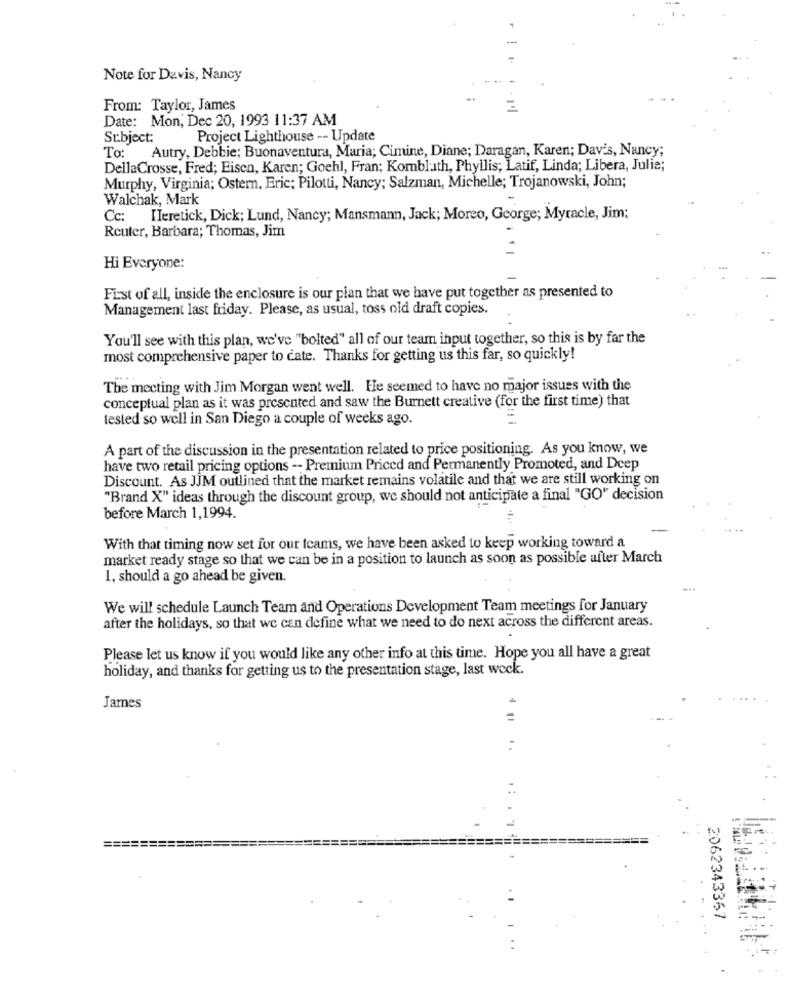
Note for Davis, Nancy
From: Taylor, James
Date: Mon, Dec 20, 1993 11:37 AM
Subject:
Project Lighthouse -- Update
To:
Autry, Debbie; Buonaventura, Maria; Cimine, Diane; Daragan, Karen; Dav's, Nancy;
DellaCrosse, Fred; Eisen, Karen; Goehl, Fran; Kombluth, Phyllis; Latif, Linda; Libera, Julie;
Murphy, Virginia; Ostern, Eric; Pilotti, Nancy; Salzman, Michelle; Trojanowski, John;
Walchak, Mark
Cc: Ileretick, Dick; Lund, Nancy; Mansmann, Jack; Moreo, George; Myracle, Jim;
Reuter, Barbara; Thomas, Jim
Hi Everyone:
Fist of all, inside the enclosure is our plan that we have put together as presented to
Management last friday. Please, as usual, toss old draft copies.
You'll see with this plan, we've "bolted" all of our team input together, so this is by far the
most comprehensive paper to cate. Thanks for getting us this far, so quickly!
The meeting with Jim Morgan went well. He seemed to have no major issues with the
conceptual plan as it was presented and saw the Burnett creative (for the first time) that
tested so well in San Diego a couple of weeks ago.
A part of the discussion in the presentation related to price positioning. As you know, we
have two retail pricing options -- Premium Priced and Permanently Promoted, and Deep
Discount. As JJM outlined that the market remains volatile and that we are still working on
"Brand X" ideas through the discount group, we should not anticipate a final "GO" decision
before March 1,1994.
With that timing now set for our teams, we have been asked to keep working toward a
market ready stage so that we can be in a position to launch as soon as possible after March
1, should a go ahead be given.
We will schedule Launch Team and Operations Development Team meetings for January
after the holidays, so that we can define what we need to do next across the different areas.
Please let us know if you would like any other info at this time. Hope you all have a great
holiday, and thanks for getting us to the presentation stage, last week.
James
. .
==========
2062343367